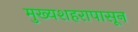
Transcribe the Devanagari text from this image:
मुख्यशहरापासून